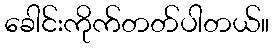
ခေါင်းကိုက်တတ်ပါတယ်။